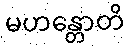
မဟန္တောတိ